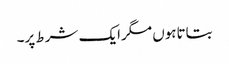
بتاتاہوں مگرایک شرط پر۔